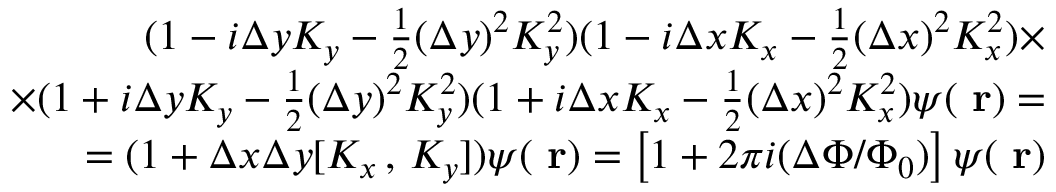
\begin{array} { r l r } & { } & { ( 1 - i \Delta y K _ { y } - \frac { 1 } { 2 } ( \Delta y ) ^ { 2 } K _ { y } ^ { 2 } ) ( 1 - i \Delta x K _ { x } - \frac { 1 } { 2 } ( \Delta x ) ^ { 2 } K _ { x } ^ { 2 } ) \times } \\ & { } & { \times ( 1 + i \Delta y K _ { y } - \frac { 1 } { 2 } ( \Delta y ) ^ { 2 } K _ { y } ^ { 2 } ) ( 1 + i \Delta x K _ { x } - \frac { 1 } { 2 } ( \Delta x ) ^ { 2 } K _ { x } ^ { 2 } ) \psi ( \mathrm { \bf ~ r } ) = } \\ & { } & { = ( 1 + \Delta x \Delta y [ K _ { x } \, , \, K _ { y } ] ) \psi ( \mathrm { \bf ~ r } ) = \left[ 1 + 2 \pi i ( \Delta \Phi / \Phi _ { 0 } ) \right] \psi ( \mathrm { \bf ~ r } ) } \end{array}